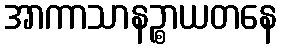
အာကာသာနဉ္စာယတနေ